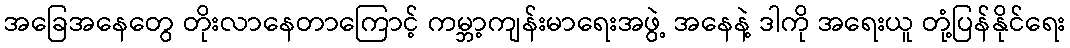
အခြေအနေတွေ တိုးလာနေတာကြောင့် ကမ္ဘာ့ကျန်းမာရေးအဖွဲ့ အနေနဲ့ ဒါကို အရေးယူ တုံ့ပြန်နိုင်ရေး